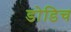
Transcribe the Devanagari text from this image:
डोडिच